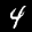
Label: 4